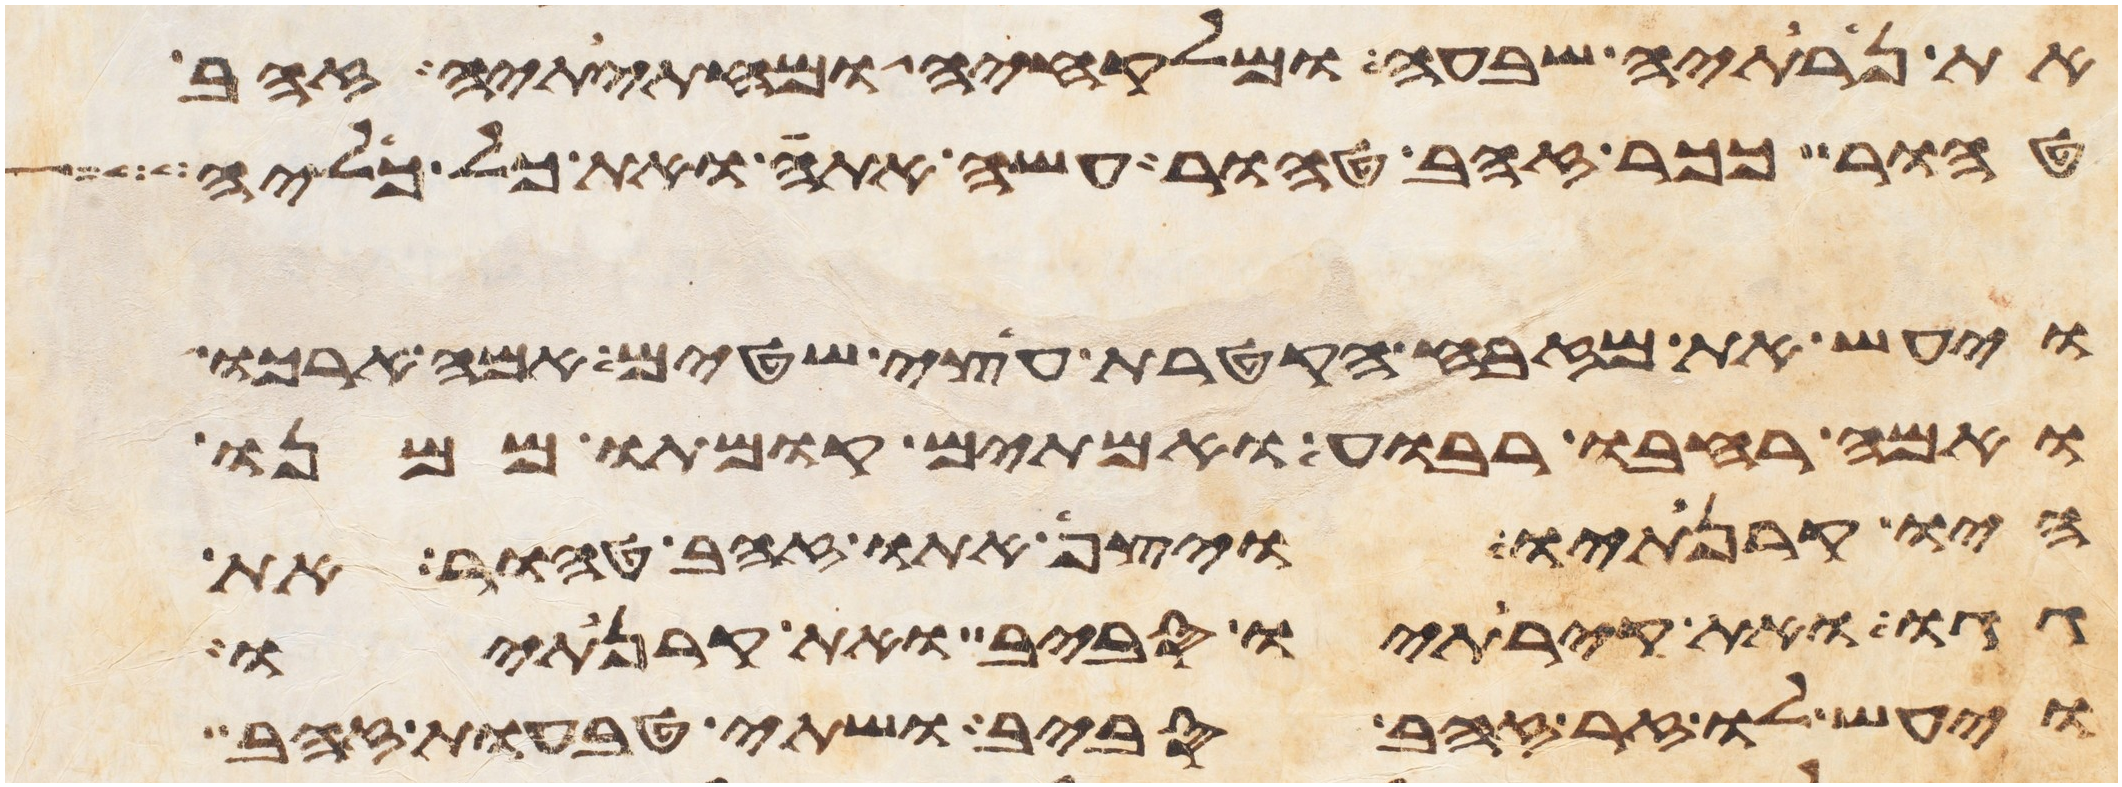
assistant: את נרתיה שבעה ומלקחיה ומחתיתיה זהב
טהור ככר זהב טהור עשה אתה ואת כל כליה
ויעש את מזבח הקטרת עצי שטים אמה ארכו
ואמה רחבו רבוע ואמתים קומתו ממנו
היו קרנתיו ויצף אתו זהב טהור את
גגו ואת קירתיו סביב ואת קרנתיו
ויעש לו זר זהב סביב ושתי טבעות זהב